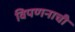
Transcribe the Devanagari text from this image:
विपणनाची